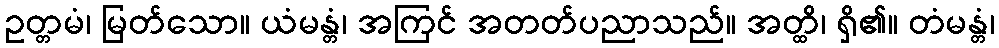
ဥတ္တမံ၊ မြတ်သော။ ယံမန္တံ၊ အကြင် အတတ်ပညာသည်။ အတ္ထိ၊ ရှိ၏။ တံမန္တံ၊